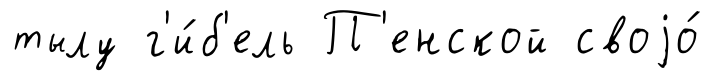
тылу г'и́б'ель П'енской своjо́